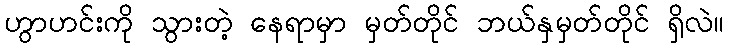
ဟွာဟင်းကို သွားတဲ့ နေရာမှာ မှတ်တိုင် ဘယ်နှမှတ်တိုင် ရှိလဲ။